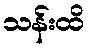
သန်းထိ